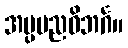
အပ္ပမညဝိဘင်္ဂ။